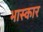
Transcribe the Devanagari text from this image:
भास्कार